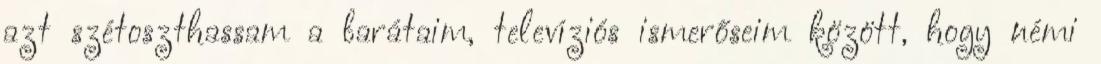
azt szétoszthassam a barátaim, televíziós ismerőseim között, hogy némi